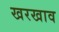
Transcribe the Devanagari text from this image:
खरखाव